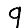
Digit: 9